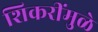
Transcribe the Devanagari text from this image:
शिकरींमुळे